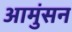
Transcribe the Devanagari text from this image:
आमुंसन